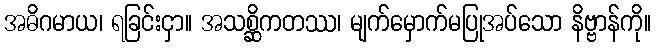
အဓိဂမာယ၊ ရခြင်းငှာ။ အသစ္ဆိကတဿ၊ မျက်မှောက်မပြုအပ်သော နိဗ္ဗာန်ကို။